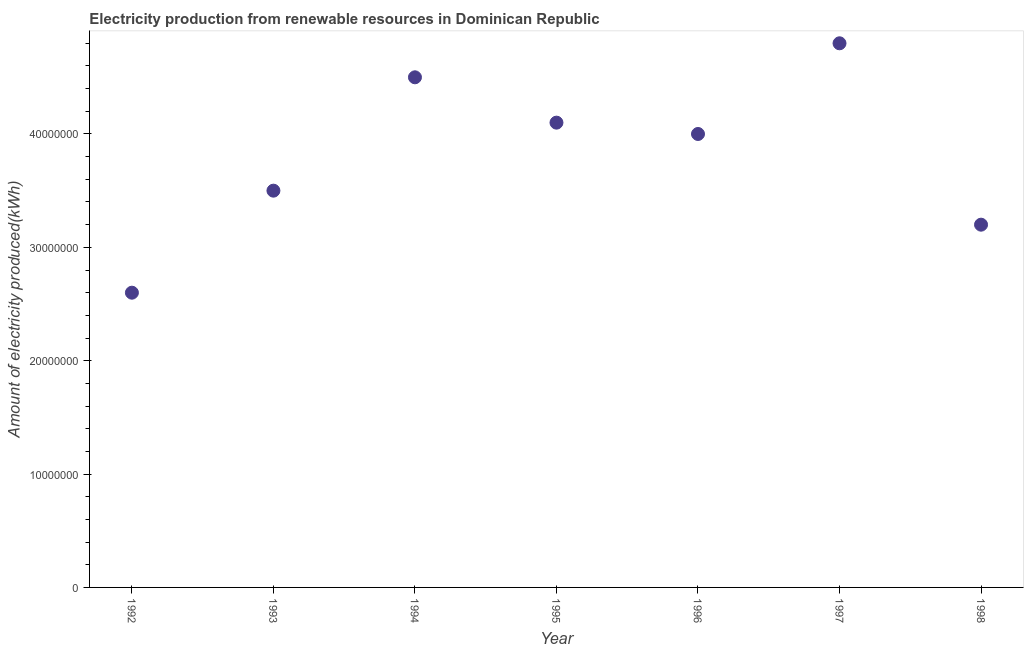
| Year | Electricity production from renewable sources |
 | --- | --- |
 | 1992 | 2.6e+07 |
 | 1993 | 3.5e+07 |
 | 1994 | 4.5e+07 |
 | 1995 | 4.1e+07 |
 | 1996 | 4e+07 |
 | 1997 | 4.8e+07 |
 | 1998 | 3.2e+07 |